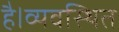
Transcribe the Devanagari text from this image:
है।व्यवस्थित